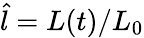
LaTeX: \hat{l}=L(t)/L_{0}